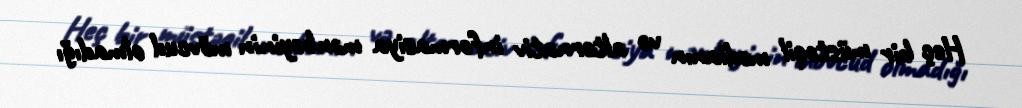
Heç bir müstəqil medianın və alternativ informasiya mənbəyinin mövcud olmadığı